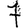
Digit: 7